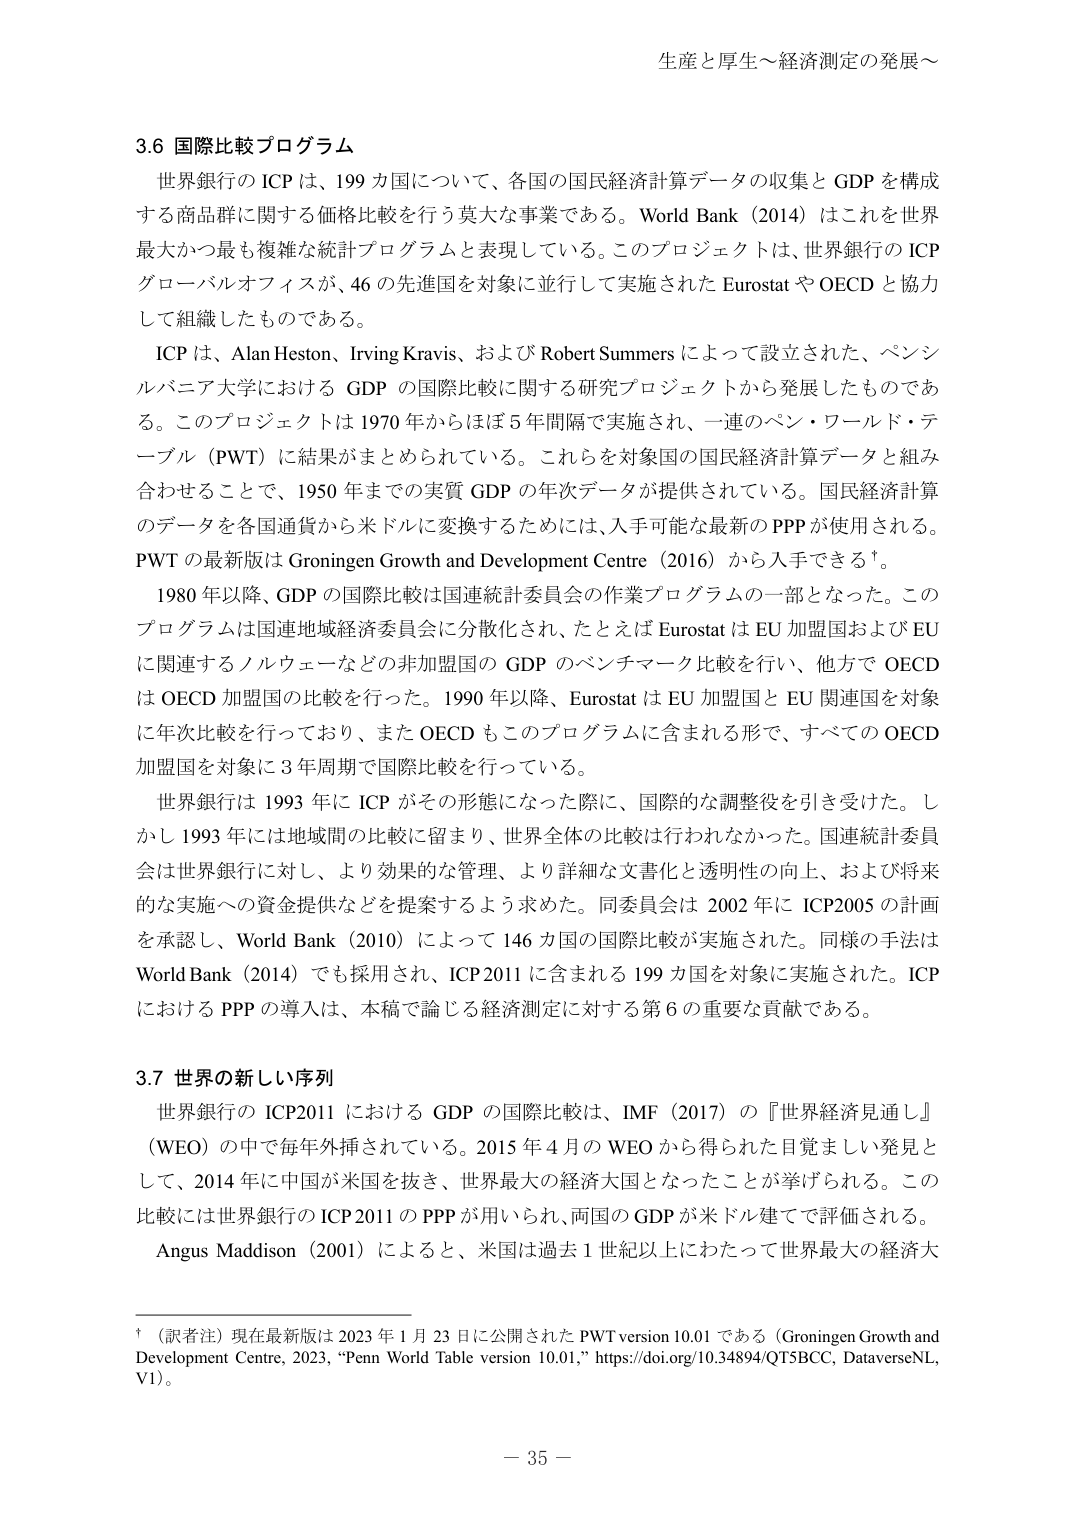
生産と厚生～経済測定の発展～

3.6 国際比較プログラム
世界銀行の ICP は、199 国について、各国の国民経済計算データの収集と GDP を構成
する商品群に関する価格比較を行う莫大な事業である。World Bank (2014) はこれを世界
最大かつ最も複雑な統計プログラムと表現している。このプロジェクトは、世界銀行の ICP
グローバルオフィスが、46 の先進国を対象に並行して実施された Eurostat や OECD と協力
して組織したものである。
ICP は、Alan Heston、Irving Kravis、および Robert Summers によって設立された、ペンシ
ルバニア大学における GDP の国際比較に関する研究プロジェクトから発展したものであ
る。このプロジェクトは 1970 年からほぼ 5 年間隔で実施され、一連のペン・ワールド・テ
ーブル（PWT）に結果がまとめられている。これらを対象国の国民経済計算データと組み
合わせることで、1950 年までの実質 GDP の年次データが提供されている。国民経済計算
のデータを各国通貨から米ドルに変換するためには、入手可能な最新の PPP が使用される。
PWT の最新版は Groningen Growth and Development Centre (2016) から入手できる†。
1980 年以降、GDP の国際比較は国連統計委員会の作業プログラムの一部となった。この
プログラムは国連地域経済委員会に分散化され、たとえば Eurostat は EU 加盟国および EU
に関連するノルウェーなどの非加盟国の GDP のベンチマーク比較を行い、他方で OECD
は OECD 加盟国の比較を行った。1990 年以降、Eurostat は EU 加盟国と EU 関連国を対象
に年次比較を行っており、また OECD もこのプログラムに含まれる形で、すべての OECD
加盟国を対象に 3 年周期で国際比較を行っている。
世界銀行は 1993 年に ICP がその形態になった際に、国際的な調整役を引き受けた。し
かし 1993 年には地域間の比較に留まり、世界全体の比較は行われなかった。国連統計委員
会は世界銀行に対し、より効果的な管理、より詳細な文書化と透明性の向上、および将来
的な実施への資金提供などを提案するよう求めた。同委員会は 2002 年に ICP2005 の計画
を承認し、World Bank (2010) によって 146 カ国の国際比較が実施された。同様の手法は
World Bank (2014) でも採用され、ICP2011 に含まれる 199 カ国を対象に実施された。ICP
における PPP の導入は、本稿で論じる経済測定に対する第 6 の重要な貢献である。

3.7 世界の新しい序列
世界銀行の ICP2011 における GDP の国際比較は、IMF (2017) の『世界経済見通し』
(WEO) の中で毎年外挿されている。2015 年 4 月の WEO から得られた目覚ましい発見と
して、2014 年に中国が米国を抜き、世界最大の経済大国となったことが挙げられる。この
比較には世界銀行の ICP2011 の PPP が用いられ、両国の GDP が米ドル建てで評価される。
Angus Maddison (2001) によると、米国は過去 1 世紀以上にわたって世界最大の経済大

†（訳者注）現在最新版は 2023 年 1 月 23 日に公開された PWT version 10.01 である（Groningen Growth and
Development Centre, 2023, “Penn World Table version 10.01,” https://doi.org/10.34894/QTSBCC, DataverseNL,
V1）。

－ 35 －